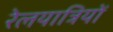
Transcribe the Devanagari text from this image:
रेलयात्रियों